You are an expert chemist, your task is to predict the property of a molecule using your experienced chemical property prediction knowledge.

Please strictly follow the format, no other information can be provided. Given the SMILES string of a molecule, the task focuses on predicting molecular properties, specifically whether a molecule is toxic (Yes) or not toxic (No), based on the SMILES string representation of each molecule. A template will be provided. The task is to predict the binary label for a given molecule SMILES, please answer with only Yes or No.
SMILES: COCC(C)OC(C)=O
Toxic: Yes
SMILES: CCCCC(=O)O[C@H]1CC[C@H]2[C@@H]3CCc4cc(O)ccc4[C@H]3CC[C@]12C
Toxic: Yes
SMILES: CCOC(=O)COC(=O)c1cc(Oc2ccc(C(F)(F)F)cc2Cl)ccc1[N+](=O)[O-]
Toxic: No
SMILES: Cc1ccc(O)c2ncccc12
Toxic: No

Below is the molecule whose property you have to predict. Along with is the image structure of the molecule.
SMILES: C[N+]1(C)[C@H]2CC(OC(=O)C(O)(c3cccs3)c3cccs3)C[C@@H]1[C@H]1O[C@@H]21
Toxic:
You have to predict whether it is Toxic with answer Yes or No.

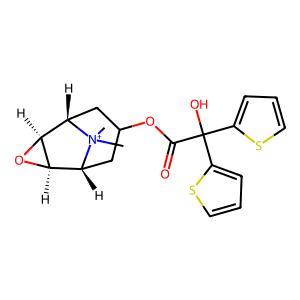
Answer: No